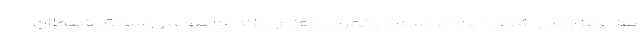
ها برگزار می شود. این مراسم در تهران مقابل لانه جاسوسی سابق شیطان